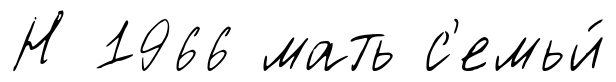
Н 1966 мать с'емьи́